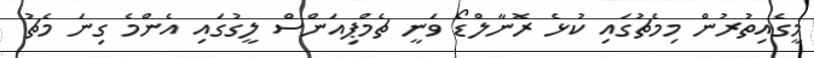
މީގެއިތުރުން މިމެޗުގައި ކުޅެ ރޮނާލްޑޯ ވަނީ ޗެމްޕިއަންސް ލީގުގައި އެންމެ ގިނަ މެޗު